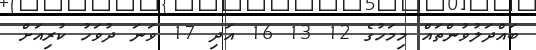
ބައްދަލުވުންތައް މިމަހުގެ 12 13 16 އަދި 17 ވަނަ ދުވަހު ކުރިއަށް